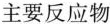
主要反应物